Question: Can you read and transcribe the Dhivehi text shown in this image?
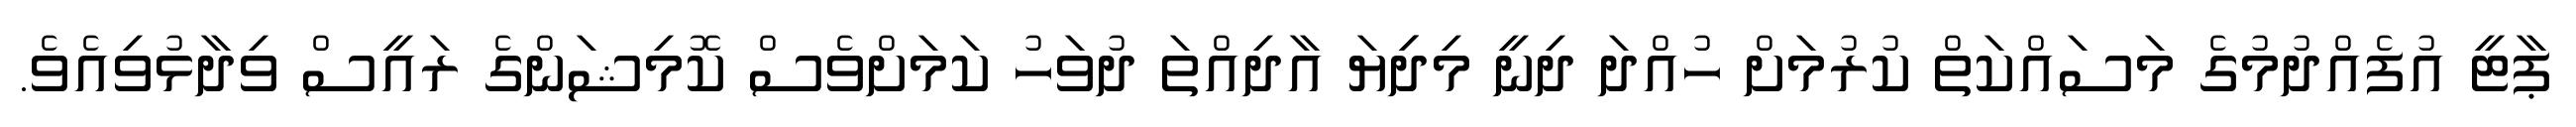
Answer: ޕާޓީ އުފެއްދުމުގެ މަސައްކަތް ކުރުމަށް ހުއްދަ ދިނީ މިދިިޔަ އާދިއްތަ ދުވަހު ކަމަށްވެސް ކޮމިޝަންގެ ރައީސް ވިދާޅުވިއެވެ.